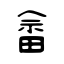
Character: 畲